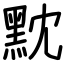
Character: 黕